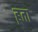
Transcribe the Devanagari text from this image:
हूता